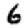
Digit: 6